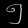
Digit: ၅